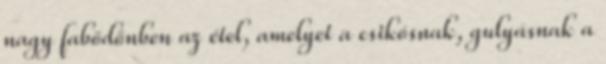
nagy fabödönben az étel, amelyet a csikósnak, gulyásnak a